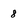
Character: 8